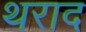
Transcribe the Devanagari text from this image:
थराद